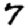
Digit: 7